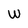
Character: w